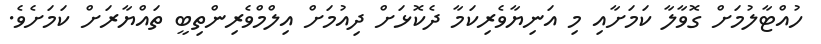
ހުއްޓާލުމަށް ގޮވާލާ ކަމަށާއި މި އަނިޔާވެރިކަމާ ދެކޮޅަށް ދިއުމަށް އިލްމްވެރިންތިބީ ތައްޔާރަށް ކަމަށެވެ.